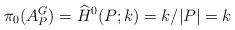
LaTeX: \begin{align*} \pi_0(A_P^G)=\widehat{H}^0(P;k)=k/|P|=k \end{align*}